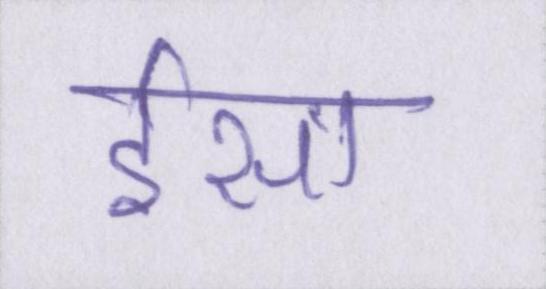
ईसा